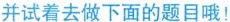
并试着去做下面的题目哦！